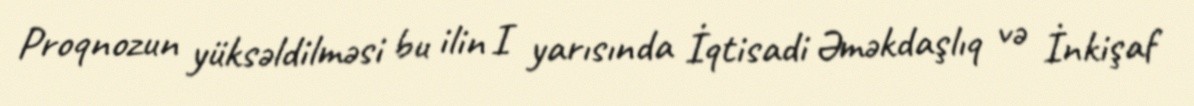
Proqnozun yüksəldilməsi bu ilin I yarısında İqtisadi Əməkdaşlıq və İnkişaf